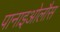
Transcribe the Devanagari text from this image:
पानाइओलौस